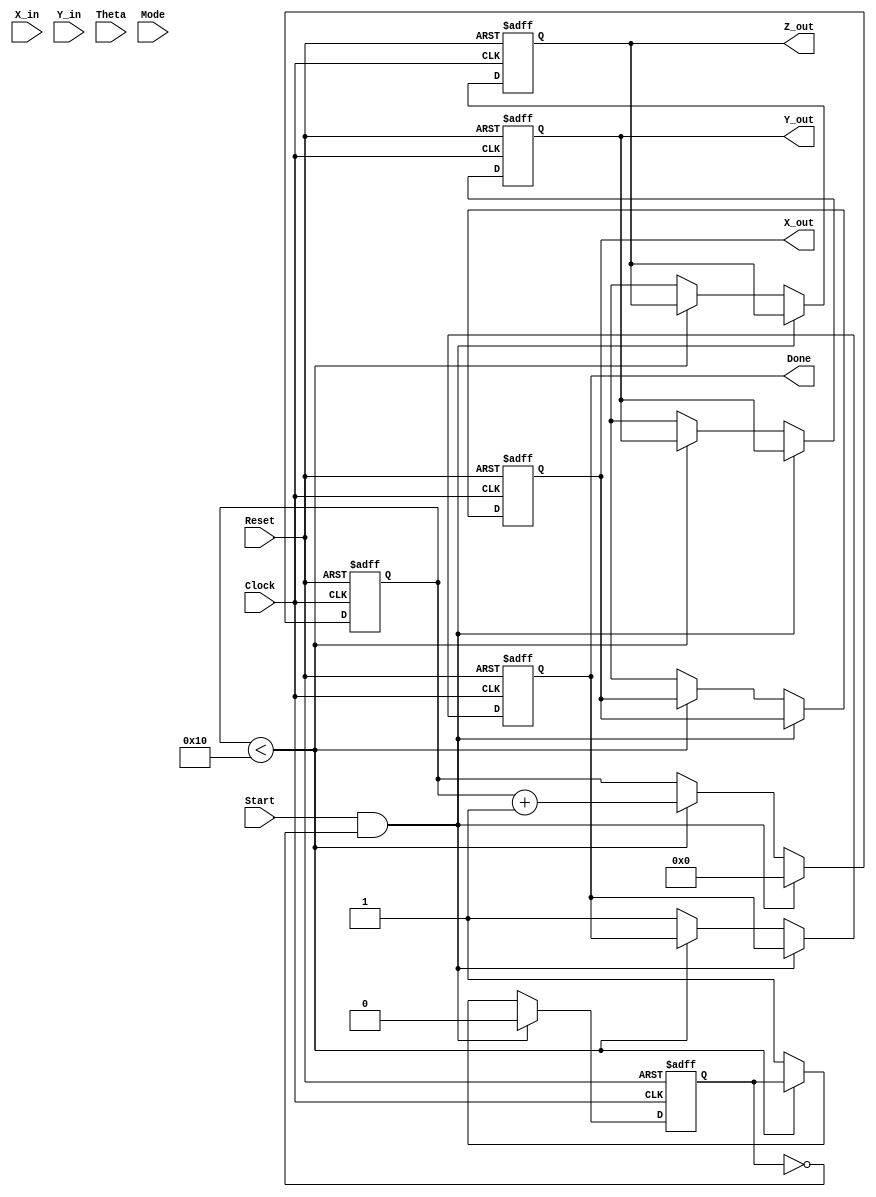
module cordic (
    input wire signed [15:0] X_in,      // Input x-coordinate
    input wire signed [15:0] Y_in,      // Input y-coordinate
    input wire signed [15:0] Theta,      // Input angle (fixed-point)
    input wire [1:0] Mode,              // Operation mode (0: rotation, 1: vectoring)
    input wire Start,                    // Start signal
    input wire Clock,                    // System clock
    input wire Reset,                    // Asynchronous reset
    output reg signed [15:0] X_out,     // Output x-coordinate
    output reg signed [15:0] Y_out,     // Output y-coordinate
    output reg signed [15:0] Z_out,     // Output angle (if in vectoring mode)
    output reg Done                      // Completion signal
);

    // CORDIC parameters
    parameter NUM_ITERATIONS = 16;  // Number of iterations
    parameter CORDIC_GAIN = 16'h26DD; // CORDIC gain value for fixed-point

    // Internal signals
    reg signed [15:0] x[0:NUM_ITERATIONS-1];  // Shift registers for x
    reg signed [15:0] y[0:NUM_ITERATIONS-1];  // Shift registers for y
    reg signed [15:0] z[0:NUM_ITERATIONS-1];  // Shift registers for angle
    reg [3:0] iteration;         // Iteration counter
    reg done_flag;               // Done flag for FSM

    // Lookup Table for arctangent values
    reg signed [15:0] atan_table [0:NUM_ITERATIONS-1];

    initial begin
        // Initialize arctangent values
        atan_table[0]  = 16'h3F24; // atan(2^-0)
        atan_table[1]  = 16'h1DAC; // atan(2^-1)
        atan_table[2]  = 16'h0FAE; // atan(2^-2)
        atan_table[3]  = 16'h07F0; // atan(2^-3)
        // ... continue initializing for all iterations
    end

    // State Machine for CORDIC operation
    always @(posedge Clock or posedge Reset) begin
        if (Reset) begin
            // Reset all registers and outputs
            X_out <= 0;
            Y_out <= 0;
            Z_out <= 0;
            Done <= 0;
            iteration <= 0;
            done_flag <= 0;
        end else if (Start && !done_flag) begin
            // Initialization
            x[0] <= X_in;
            y[0] <= Y_in;
            z[0] <= Theta;
            iteration <= 0;
            done_flag <= 0;
        end else if (iteration < NUM_ITERATIONS) begin
            // CORDIC iterations
            if (Mode == 2'b00) begin // Rotation mode
                if (z[iteration] < 0) begin
                    x[iteration+1] <= x[iteration] + (y[iteration] >>> iteration);
                    y[iteration+1] <= y[iteration] - (x[iteration] >>> iteration);
                    z[iteration+1] <= z[iteration] + atan_table[iteration];
                end else begin
                    x[iteration+1] <= x[iteration] - (y[iteration] >>> iteration);
                    y[iteration+1] <= y[iteration] + (x[iteration] >>> iteration);
                    z[iteration+1] <= z[iteration] - atan_table[iteration];
                end
            end else if (Mode == 2'b01) begin // Vectoring mode
                // (Vectoring logic can be added here)
            end

            iteration <= iteration + 1;
        end else begin
            // Final output after iterations
            X_out <= x[NUM_ITERATIONS];
            Y_out <= y[NUM_ITERATIONS];
            Z_out <= z[NUM_ITERATIONS];
            Done <= 1;
            done_flag <= 1;
        end
    end
endmodule